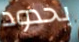
بحدود